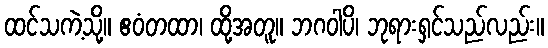
ထင်သကဲ့သို့။ ဧဝံတထာ၊ ထို့အတူ။ ဘဂဝါပိ၊ ဘုရားရှင်သည်လည်း။